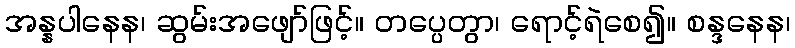
အန္နပါနေန၊ ဆွမ်းအဖျော်ဖြင့်။ တပ္ပေတွာ၊ ရောင့်ရဲစေ၍။ စန္ဒနေန၊